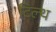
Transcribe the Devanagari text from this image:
टिल्थ